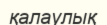
қалаулық